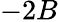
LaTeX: -2B